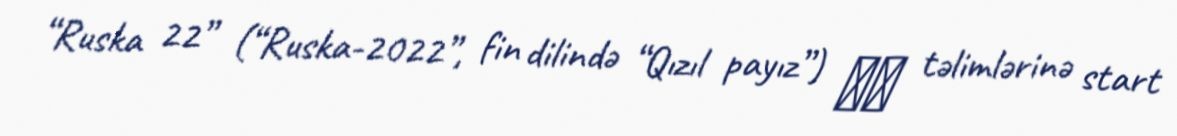
“Ruska 22” (“Ruska-2022”, fin dilində “Qızıl payız”) ​​ təlimlərinə start